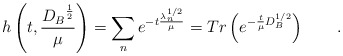
\begin{align*} h\left( t,\frac{{D_B}^{\frac12}}{\mu}\right)=\sum\limits_ne^{-t\frac{ \lambda _n^{1/2}}\mu }=Tr\left(e^{-\frac t\mu D_B^{1/2}}\right) \qquad.\end{align*}